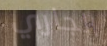
الجاري